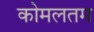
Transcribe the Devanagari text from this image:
कोमलतम